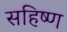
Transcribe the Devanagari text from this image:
सहिष्ण